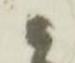
候